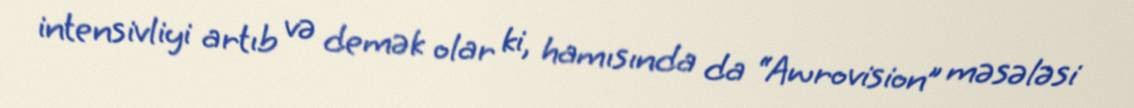
intensivliyi artıb və demək olar ki, hamısında da “Awrovision” məsələsi